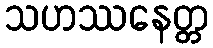
သဟဿနေတ္တ